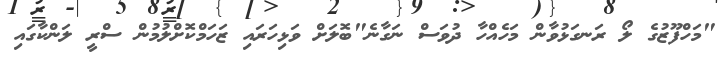
"މަހްފޫޒުގެ ލޯ ރަނގަޅުވާން މަހެއްހާ ދުވަސް ނަގާނެ"ބޮލަށް ވަޅިހަރައި ޒަހަމްކޮށްލުމުން ސްރީ ލަންކާގައި